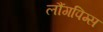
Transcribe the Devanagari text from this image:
लौंगपिग्स